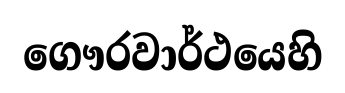
ගෞරවාර්ථයෙහි